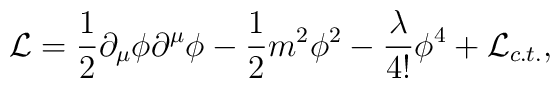
{\cal L}=\frac 12\partial _\mu \phi \partial ^\mu \phi -\frac 12m^2\phi ^2-\frac \lambda {4!}\phi ^4+{\cal L}{_{c.t.}},